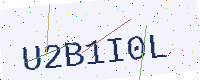
Text: U2B1I0L